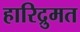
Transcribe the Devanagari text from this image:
हारिद्रुमत